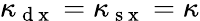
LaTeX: \kappa_{\mathrm{~d~x~}}=\kappa_{\mathrm{~s~x~}}=\kappa